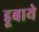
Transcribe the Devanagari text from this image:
डूबाये